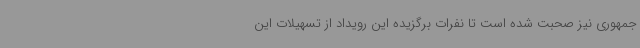
جمهوری نیز صحبت شده است تا نفرات برگزیده این رویداد از تسهیلات این